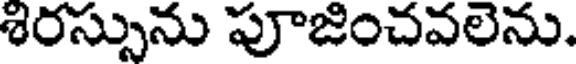
శిరస్సును పూజించవలెను.